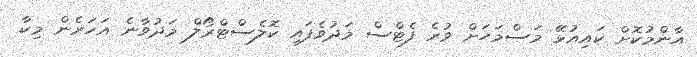
އާންމުކޮށް ކައިއުޅޭ މަސްމަހަށް ވުރެ ފެޓްސް މަދުވެފައި ކޮލެސްޓްރޯލް މަދުވާނެ އަހަރެން މިކާ